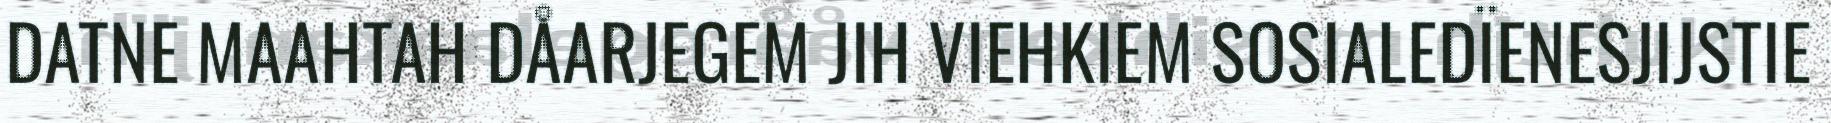
DATNE MAAHTAH DÅARJEGEM JIH VIEHKIEM SOSIALEDÏENESJIJSTIE